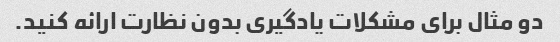
دو مثال برای مشکلات یادگیری بدون نظارت ارائه کنید.